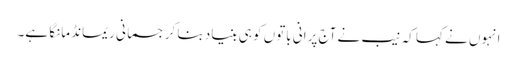
انہوں نے کہا کہ نیب نے آج پرانی باتوں کو ہی بنیاد بنا کر جسمانی ریمانڈ مانگا ہے۔